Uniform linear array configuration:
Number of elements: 24
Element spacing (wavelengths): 0.25
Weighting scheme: cosine
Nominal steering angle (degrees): -60
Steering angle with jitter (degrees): -58.071
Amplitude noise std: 0.05
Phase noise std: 0.05

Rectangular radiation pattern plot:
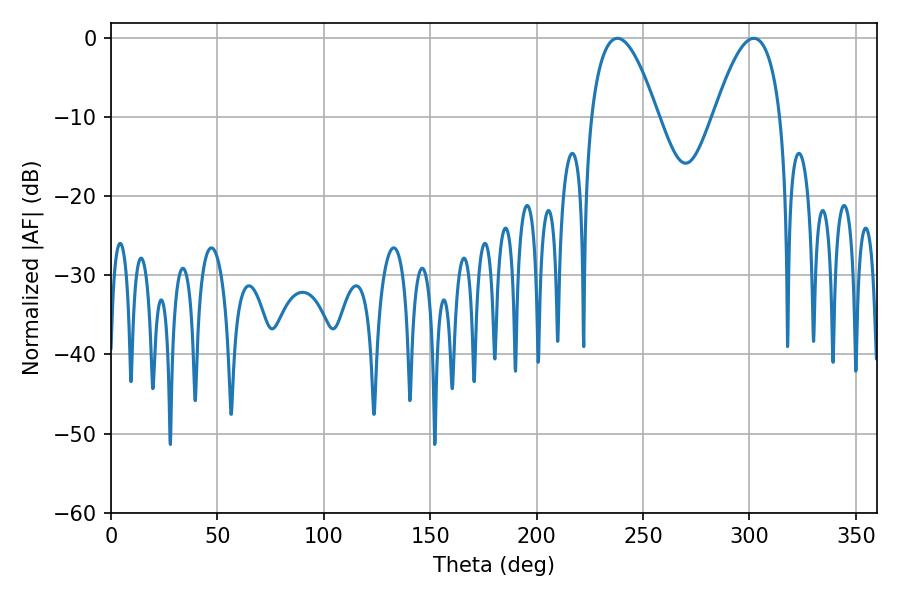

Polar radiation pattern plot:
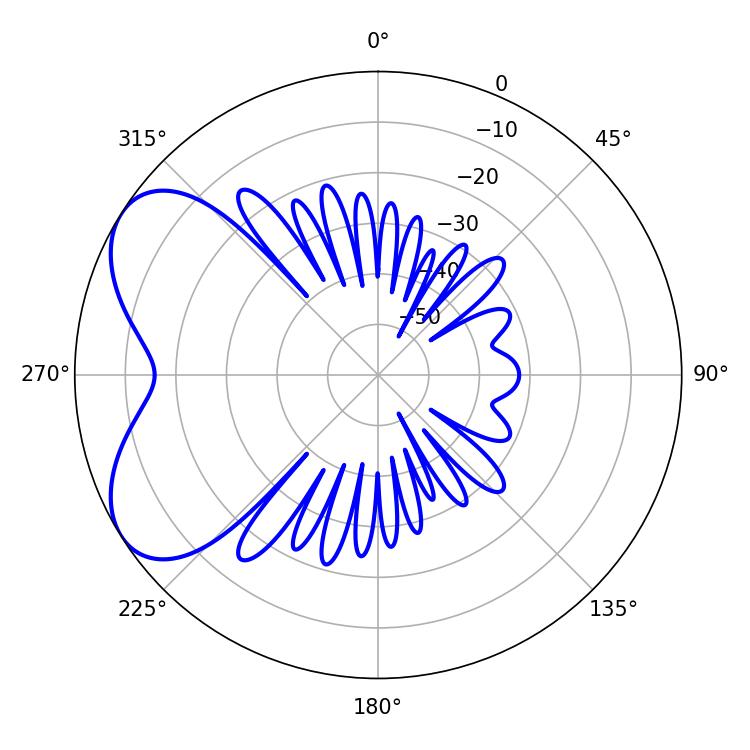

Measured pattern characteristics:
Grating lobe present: FALSE
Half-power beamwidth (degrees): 17.28
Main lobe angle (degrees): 237.96